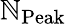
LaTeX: \mathbb{N}_{\mathrm{{Peak}}}